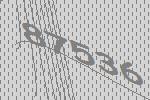
87536